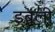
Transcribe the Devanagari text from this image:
डबली